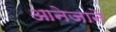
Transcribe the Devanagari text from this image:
आनेजाने